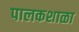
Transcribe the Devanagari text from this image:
पालकशाळा